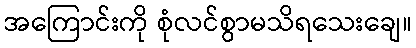
အကြောင်းကို စုံလင်စွာမသိရသေးချေ။